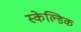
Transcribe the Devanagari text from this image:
स्केल्डिक